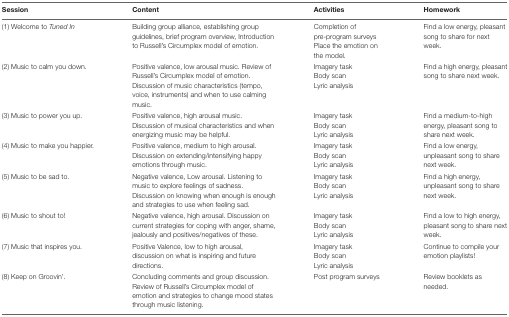
<table><thead><tr><td><b>Session</b></td><td><b>Content</b></td><td><b>Activities</b></td><td><b>Homework</b></td></tr></thead><tbody><tr><td>(1) Welcome to <i>Tuned In</i></td><td>Building group alliance, establishing group guidelines, brief program overview, Introduction to Russell’s Circumplex model of emotion.</td><td>Completion of pre-program surveysPlace the emotion on the model.</td><td>Find a low energy, pleasant song to share for next week.</td></tr><tr><td>(2) Music to calm you down.</td><td>Positive valence, low arousal music. Review of Russell’s Circumplex model of emotion. Discussion of music characteristics (tempo, voice, instruments) and when to use calming music.</td><td>Imagery taskBody scanLyric analysis</td><td>Find a high energy, pleasant song to share next week.</td></tr><tr><td>(3) Music to power you up.</td><td>Positive valence, high arousal music. Discussion of musical characteristics and when energizing music may be helpful.</td><td>Imagery taskBody scanLyric analysis</td><td>Find a medium-to-high energy, pleasant song to share next week.</td></tr><tr><td>(4) Music to make you happier.</td><td>Positive valence, medium to high arousal. Discussion on extending/intensifying happy emotions through music.</td><td>Imagery taskBody scanLyric analysis</td><td>Find a low energy, unpleasant song to share next week.</td></tr><tr><td>(5) Music to be sad to.</td><td>Negative valence, Low arousal. Listening to music to explore feelings of sadness. Discussion on knowing when enough is enough and strategies to use when feeling sad.</td><td>Imagery taskBody scanLyric analysis</td><td>Find a high energy, unpleasant song to share next week.</td></tr><tr><td>(6) Music to shout to!</td><td>Negative valence, high arousal. Discussion on current strategies for coping with anger, shame, jealously and positives/negatives of these.</td><td>Imagery taskBody scanLyric analysis</td><td>Find a low to high energy, pleasant song to share next week.</td></tr><tr><td>(7) Music that inspires you.</td><td>Positive Valence, low to high arousal, discussion on what is inspiring and future directions.</td><td>Imagery taskBody scanLyric analysis</td><td>Continue to compile your emotion playlists!</td></tr><tr><td>(8) Keep on Groovin’.</td><td>Concluding comments and group discussion. Review of Russell’s Circumplex model of emotion and strategies to change mood states through music listening.</td><td>Post program surveys</td><td>Review booklets as needed.</td></tr></tbody></table>